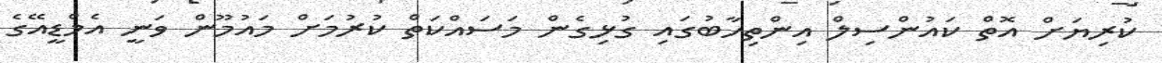
ކުރިޔަށް އޮތް ކައުންސިލް އިންތިހާބުގައި ގުޅިގެން މަސައްކަތް ކުރުމަށް މައުމޫން ވަނީ އެމްޑީއޭގެ